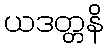
ယဒတ္တနိ